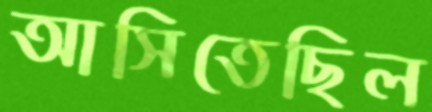
আসিতেছিল